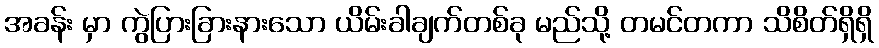
အခန်း မှာ ကွဲပြားခြားနားသော ယိမ်းခါချက်တစ်ခု မည်သို့ တမင်တကာ သိစိတ်ရှိရှိ